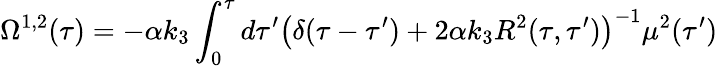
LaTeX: {}\Omega^{1,2}(\tau)=-\alpha k_{3}\int_{0}^{\tau}d\tau^{\prime}\left(\delta(\tau-\tau^{\prime})+2\alpha k_{3}R^{2}(\tau,\tau^{\prime})\right)^{-1}\mu^{2}(\tau^{\prime})